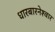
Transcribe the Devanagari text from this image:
धारबारनेश्‍वार